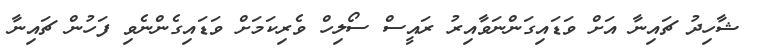
ޝާހިދު ޗައިނާ އަށް ވަޑައިގަންނަވާއިރު ރައީސް ސޯލިހް ވެރިކަމަށް ވަޑައިގެންނެވި ފަހުން ޗައިނާ